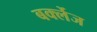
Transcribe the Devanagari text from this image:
बर्क्लेज